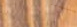
الخمسة